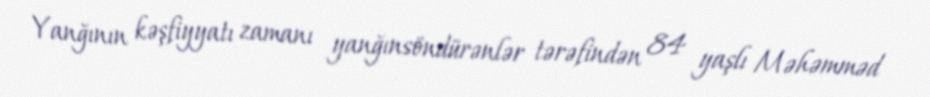
Yanğının kəşfiyyatı zamanı yanğınsöndürənlər tərəfindən 84 yaşlı Məhəmməd